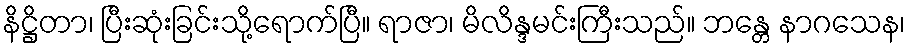
နိဋ္ဌိတာ၊ ပြီးဆုံးခြင်းသို့ရောက်ပြီ။ ရာဇာ၊ မိလိန္ဒမင်းကြီးသည်။ ဘန္တေ နာဂသေန၊